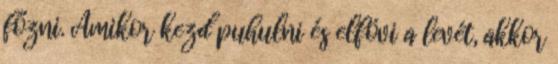
főzni. Amikor kezd puhulni és elfövi a levét, akkor